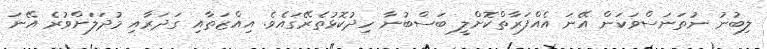
ލިބުނު ނުތަނަސްވަކަން އޭނަ އެއްފަރާތްކޮށްލީ ބަސްބުނާ ހިދުކޮޅުތެރޭގައެވެ. އިއްޒަތާއި ގަދަރާއި މުދަލަށްވުރެ އޭނަ